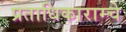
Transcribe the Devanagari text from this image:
प्रताधिकाराम्चे